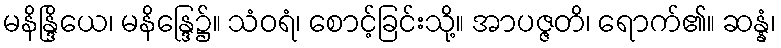
မနိန္ဒြိယေ၊ မနိန္ဒြေ၌။ သံဝရံ၊ စောင့်ခြင်းသို့။ အာပဇ္ဇတိ၊ ရောက်၏။ ဆန္နံ၊